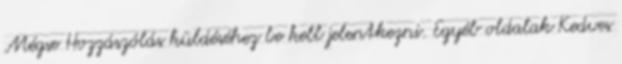
Mégse Hozzászólás küldéséhez be kell jelentkezni. Egyéb oldalak Kedves